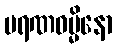
မရဏဓမ္မိနော